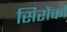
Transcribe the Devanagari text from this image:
सिरोंको